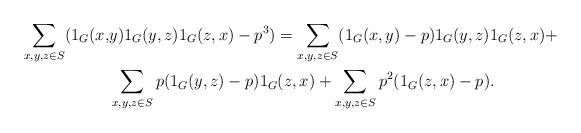
LaTeX: \begin{align*}\sum_{x, y, z \in S} (1_G(x,& y) 1_G(y,z) 1_G(z,x) - p^3) = \sum_{x,y,z \in S} (1_G(x,y) - p) 1_G(y,z) 1_G(z,x) + \\& \sum_{x,y,z \in S} p (1_G(y,z) - p) 1_G(z,x) + \sum_{x,y,z \in S} p^2 (1_G(z,x) - p).\end{align*}